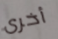
أخرى